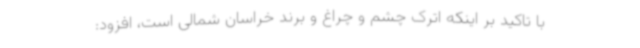
با تاکید بر اینکه اترک چشم و چراغ و برند خراسان شمالی است، افزود: